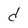
Character: d